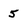
Character: 5